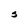
Character: s